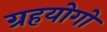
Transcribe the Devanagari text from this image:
ग्रहयोगों